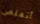
أتعلمى